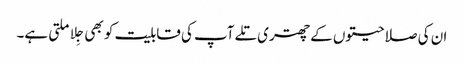
ان کی صلاحیتوں کے چھتری تلے آپ کی قابلیت کو بھی جِلا ملتی ہے۔